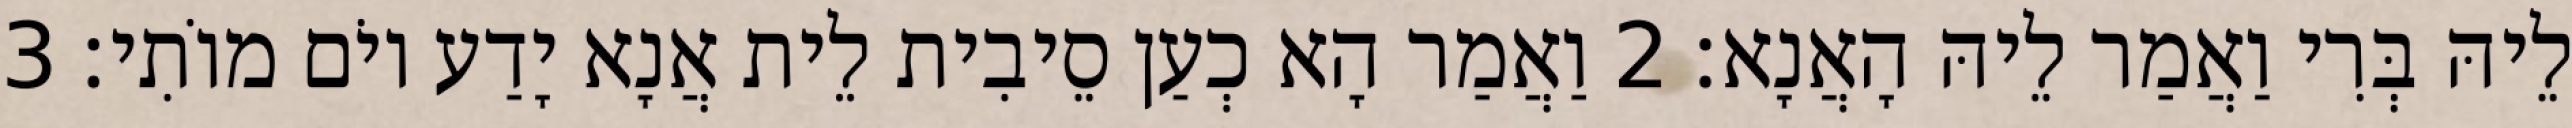
לֵיהּ בְּרִי וַאֲמַר לֵיהּ הָאֲנָא׃ 2 וַאֲמַר הָא כְעַן סֵיבִית לֵית אֲנָא יָדַע יוֹם מוֹתִי׃ 3